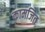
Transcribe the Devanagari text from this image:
कामजित